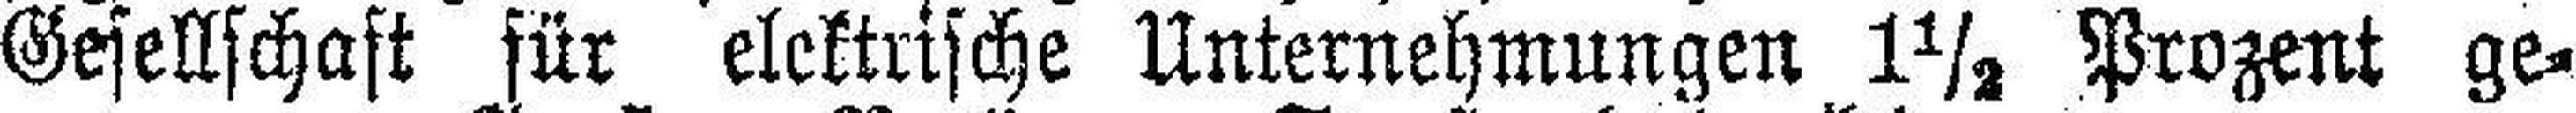
Gesellschaft für elektrische Unternehmungen 1½ Prozent ge¬